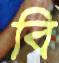
বি